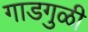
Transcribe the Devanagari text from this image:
गाडगुळी